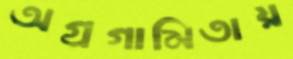
অগ্রগামিতায়